65_HS1-834228961_62-HQ-83894_Section_3
Agency: FBI
Page 134
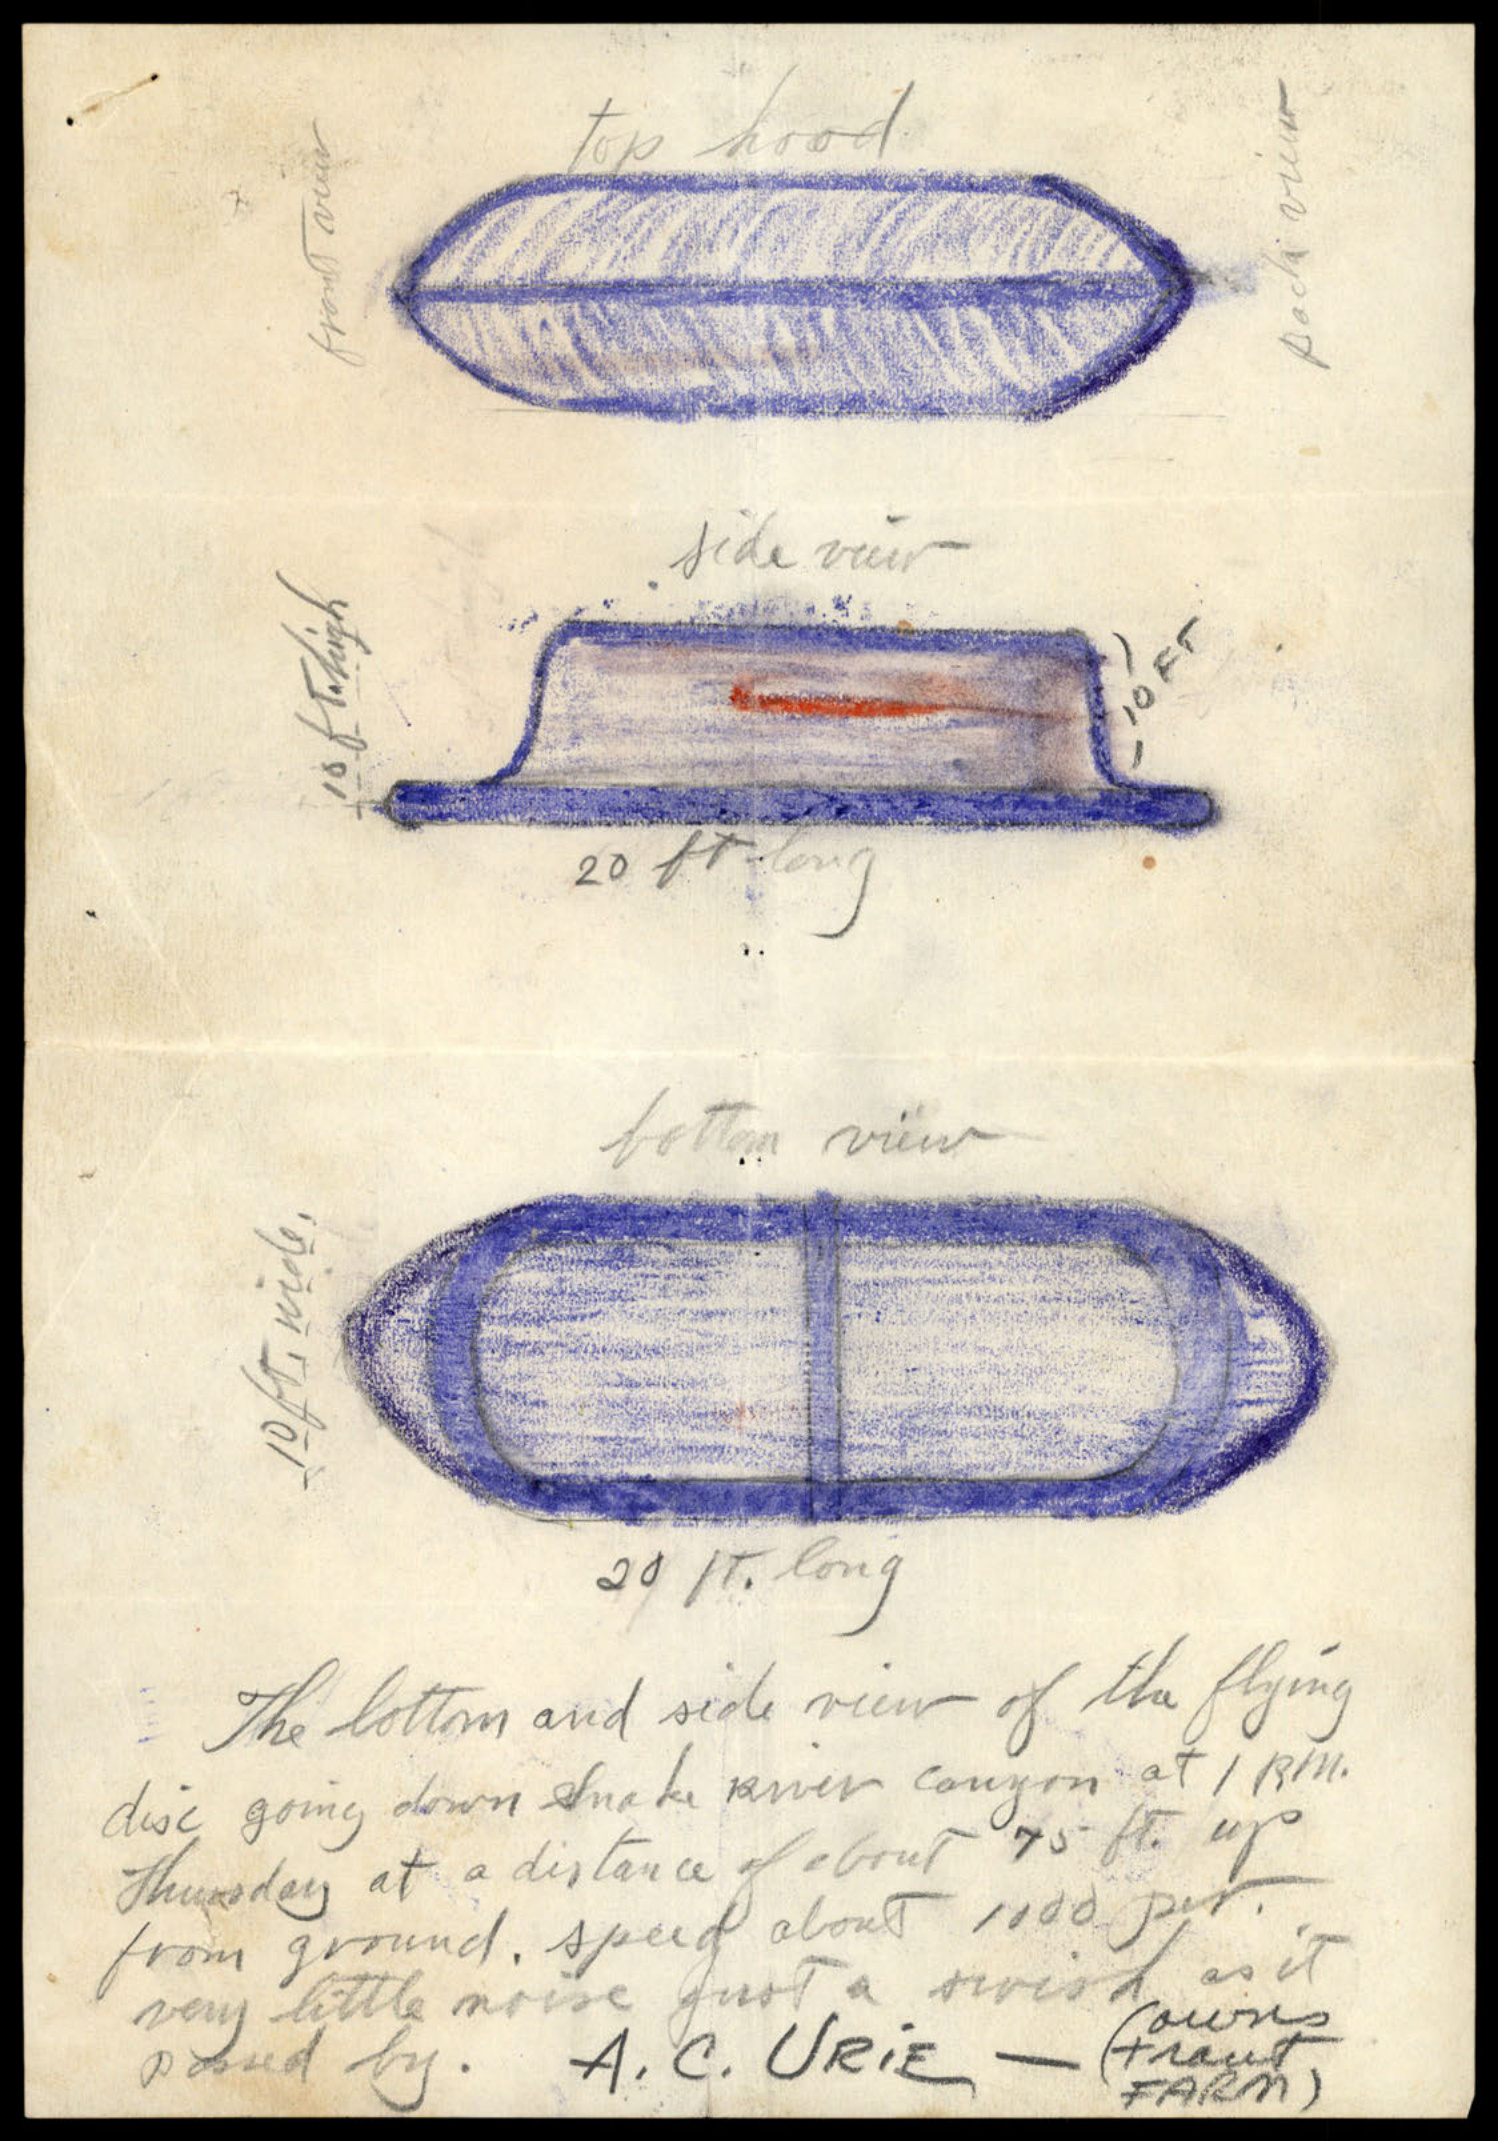